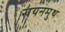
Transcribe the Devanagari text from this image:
रायनमुथ